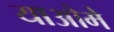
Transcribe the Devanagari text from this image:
याओमे